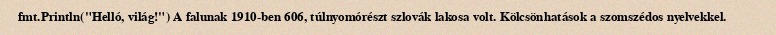
fmt.Println("Helló, világ!") A falunak 1910-ben 606, túlnyomórészt szlovák lakosa volt. Kölcsönhatások a szomszédos nyelvekkel.